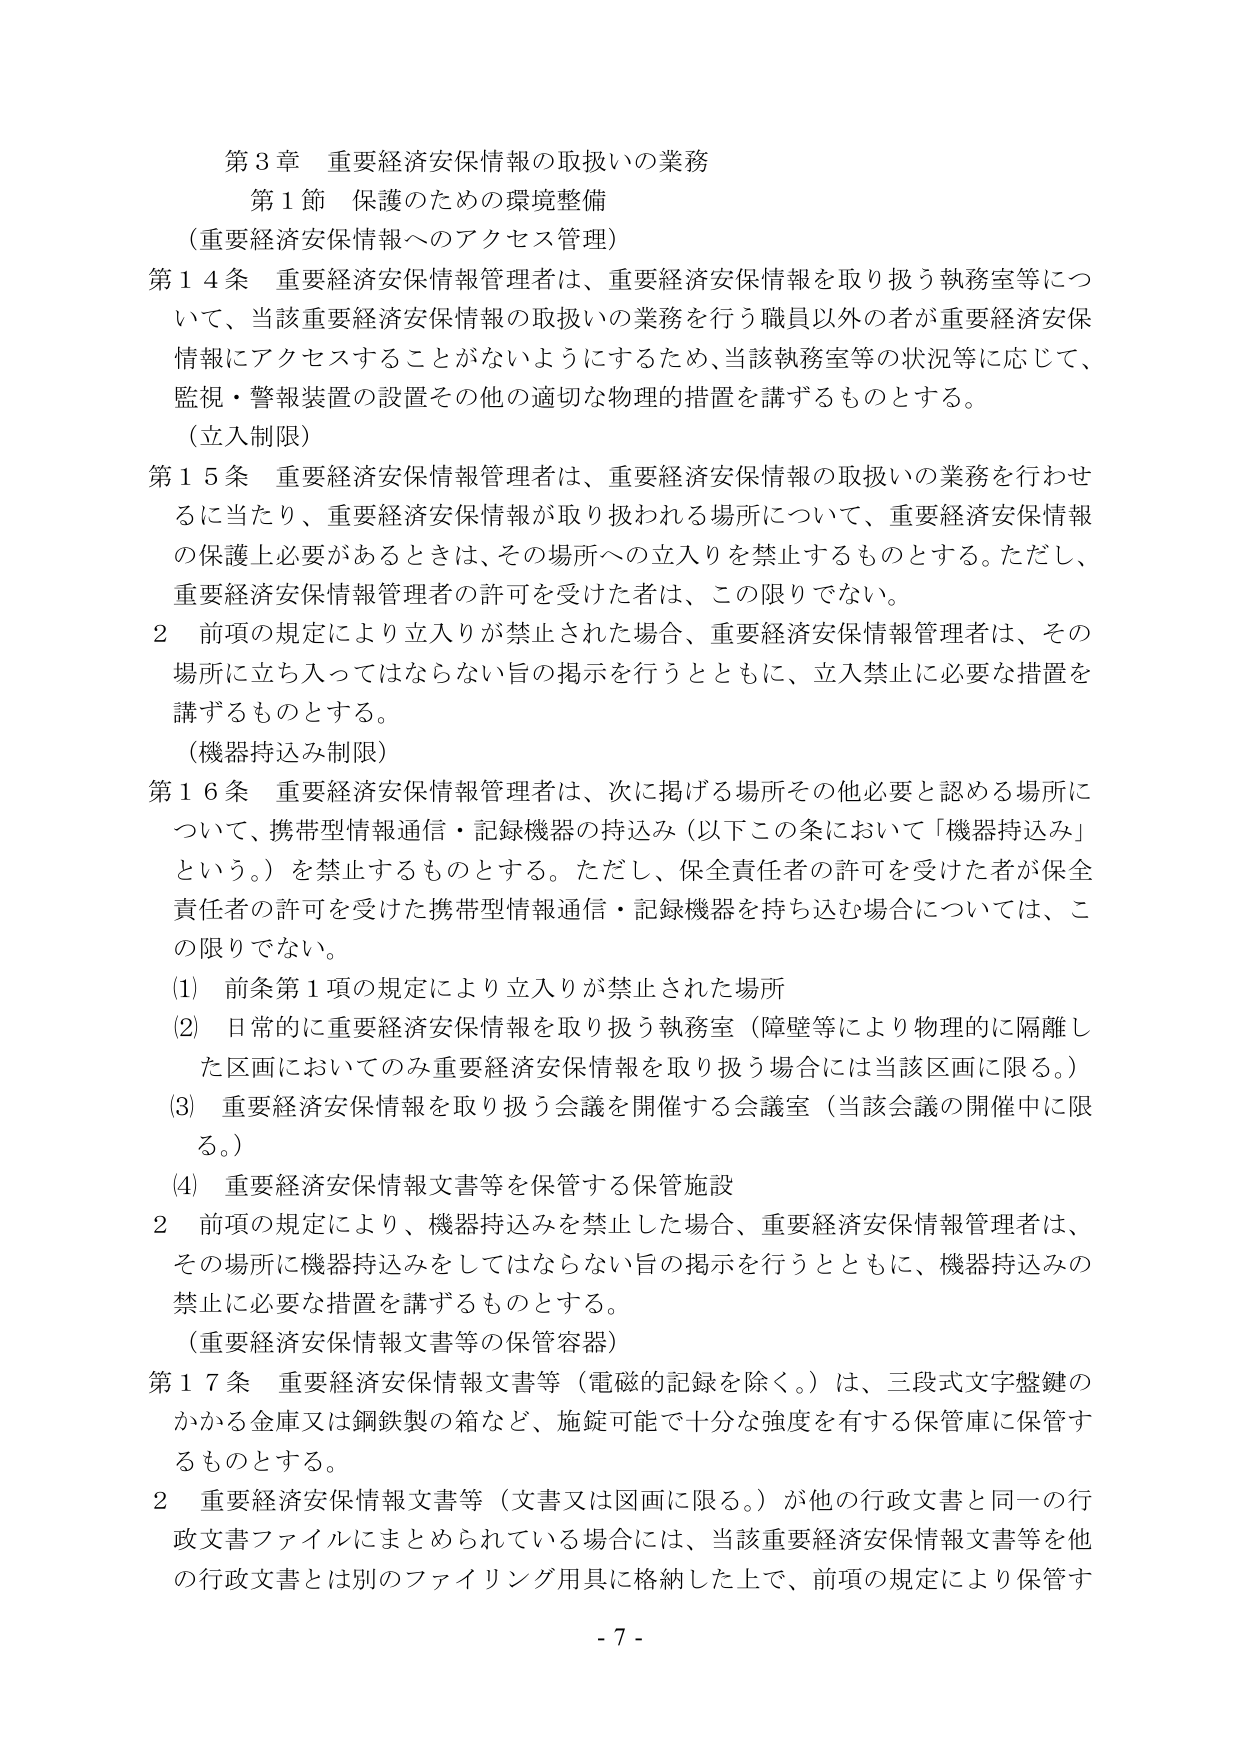
第３章 重要経済安保情報の取扱いの業務
第１節 保護のための環境整備
（重要経済安保情報へのアクセス管理）
第１４条 重要経済安保情報管理者は、重要経済安保情報を取り扱う執務室等について、当該重要経済安保情報の取扱いの業務を行う職員以外の者が重要経済安保情報にアクセスすることがないようにするため、当該執務室等の状況等に応じて、監視・警報装置の設置その他の適切な物理的措置を講ずるものとする。
（立入制限）
第１５条 重要経済安保情報管理者は、重要経済安保情報の取扱いの業務を行わせるに当たり、重要経済安保情報が取り扱われる場所について、重要経済安保情報の保護上必要があるときは、その場所への立入りを禁止するものとする。ただし、重要経済安保情報管理者の許可を受けた者は、この限りでない。
２ 前項の規定により立入りが禁止された場合、重要経済安保情報管理者は、その場所に立入ってはならない旨の掲示を行うとともに、立入禁止に必要な措置を講ずるものとする。
（機器持込み制限）
第１６条 重要経済安保情報管理者は、次に掲げる場所その他必要と認める場所について、携帯型情報通信・記録機器の持込み（以下この条において「機器持込み」という。）を禁止するものとする。ただし、保全責任者の許可を受けた者が保全責任者の許可を受けた携帯型情報通信・記録機器を持ち込む場合については、この限りでない。
(1) 前条第１項の規定により立入りが禁止された場所
(2) 日常的に重要経済安保情報を取り扱う執務室（障壁等により物理的に隔離した区画においてのみ重要経済安保情報を取り扱う場合には当該区画に限る。）
(3) 重要経済安保情報を取り扱う会議を開催する会議室（当該会議の開催中に限る。）
(4) 重要経済安保情報文書等を保管する保管施設
２ 前項の規定により、機器持込みを禁止した場合、重要経済安保情報管理者は、その場所に機器持込みをしてはならない旨の掲示を行うとともに、機器持込みの禁止に必要な措置を講ずるものとする。
（重要経済安保情報文書等の保管容器）
第１７条 重要経済安保情報文書等（電磁的記録を除く。）は、三段式文字盤鍵のかかる金庫又は鋼鉄製の箱など、施錠可能で十分な強度を有する保管庫に保管するものとする。
２ 重要経済安保情報文書等（文書又は図画に限る。）が他の行政文書と同一の行政文書ファイルにまとめられている場合には、当該重要経済安保情報文書等を他の行政文書とは別のファイリング用具に格納した上で、前項の規定により保管す
- 7 -